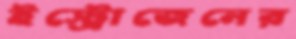
ইস্ট্রোজেনের